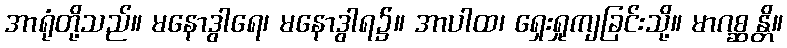
အာရုံတို့သည်။ မနောဒွါရေ၊ မနောဒွါရ၌။ အာပါထ၊ ရှေးရှုကျခြင်းသို့။ မာဂစ္ဆန္တိ။